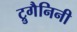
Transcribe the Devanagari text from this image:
ट्रुगैनिनी